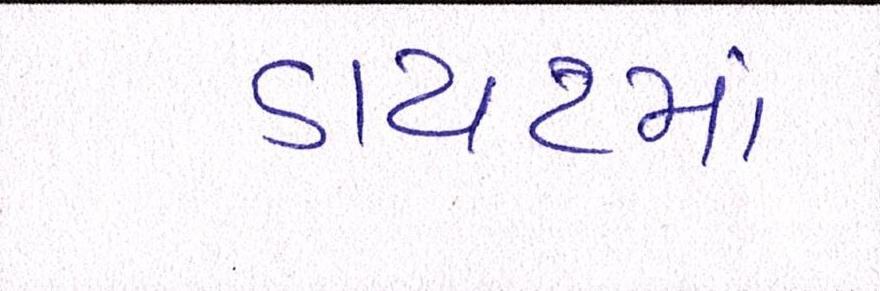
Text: ડાયટમાં